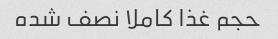
حجم غذا کاملا نصف شده